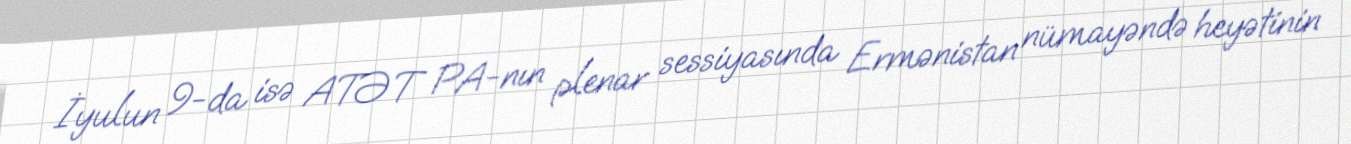
İyulun 9-da isə ATƏT PA-nın plenar sessiyasında Ermənistan nümayəndə heyətinin